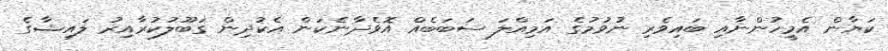
ކަޔާން އެމީހުންނާއި ބައިވެރި ނުވުމުގެ އަމިއްލަ ސަބަބެއް އޮވެދާނެކަން އެކުދިން ގަބޫލުކުރާއިރު ލައިޝާގެ